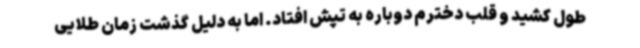
طول کشید و قلب دخترم دوباره به تپش افتاد. اما به ‌دلیل گذشت زمان طلایی